Report of the Hyderabad Chloroform Commission
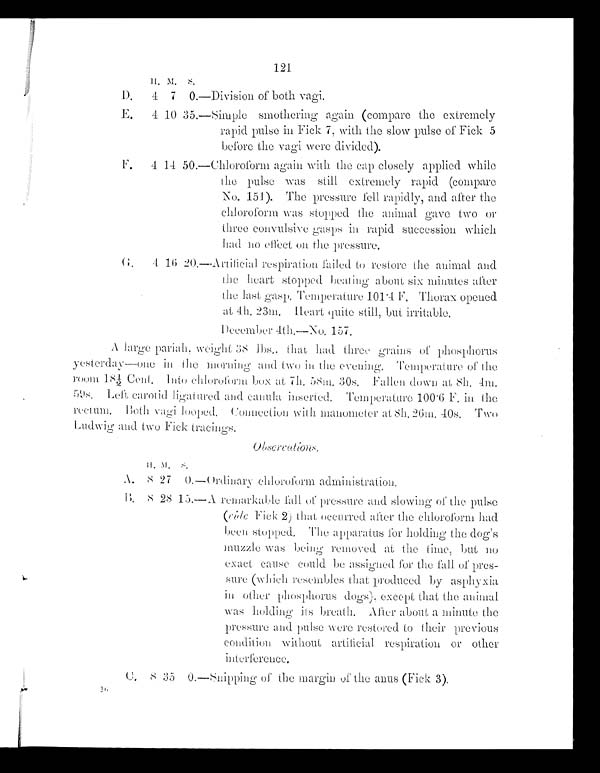
121
H.
M.
S .
D.
4 7
0 . —
Division of both vagi.
E.
4 10 35.—i
S i m p l e s m o t h e r i n g a g a i n ( c o m p a r e t h e e x t r e m e l y
rapid pulse in Fick 7, with the slow pulse of Fick 5
before the vagi were divided).
F.
4 1.4
5 0 . —
Chloroform again with the cap closely applied while
the pulse was still extremely rapid (compare
No. 151). The pressure fell rapidly, and after the
chloroform was stopped the animal gave two or
three convulsive gasps in rapid succession which
had no effect on the pressure.
G 4 16
2 0 . —
Artilicial respiration failed to restore the animal and
the heart stopped beating about six minutes after
the last gasp, Temperature 1014 F. Thorax opened
at 4h. 23m. Heart quite still, but irritable.
December 4th.—No. 157.
A large pariah, weight 38 lbs., that had three grains of phosphorus
yesterday—one in the morning and two in the evening. Temperature of the
room 18½ Cent. Into chloroform box at 7h. 58m. 30s. Fallen down at 8h. 4m.
59s. Left, carotid ligatured and canula inserted. Temperature 100·6 F. in the
rectum. Both vagi looped. Connection with manometer at 8h. 26m. 40s, Two
Ludwig and two Fick tracings.
Obsercations.
H. M.
S .
A .
8 27 0.— Ordinary chloroform administration.
B .
8 28 15.—
A r e m a r k a b l e f a l l o f p r e s s u r e a n d s l o w i n g o f t h e p u l s e
(vide F ick 2) that, occurred after the chloroform had
been stopped. The apparatus for holding the dog's
muzzle was being removed at the time, but no
exact cause could be assigned for the fall of pres-
sure (which resembles that produced by asphyxia
in other phosphorus dogs), except that the animal
was holding its breath. After about a minute the
-
pressure and pulse were restored to their previous
condition without artificial respiration or other
interference.
C .
8 35
0 . —
Snipping of the margin of the anus ( F i c k 3 ) .